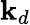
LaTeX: \mathbf{k}_{d}